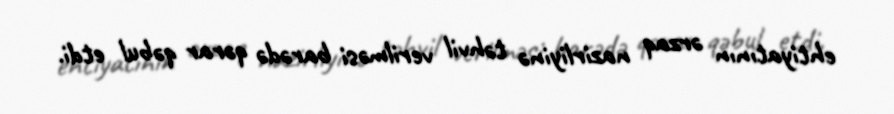
ehtiyatının ərzaq nazirliyinə təhvil verilməsi barədə qərar qəbul etdi.